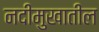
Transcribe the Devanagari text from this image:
नदीमुखातील